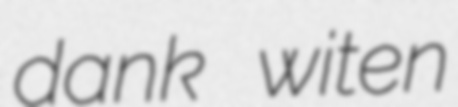
dank witen